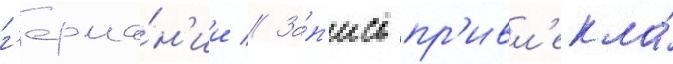
г'ерма́н'ии // За́п'ись пр'ивл'екла́